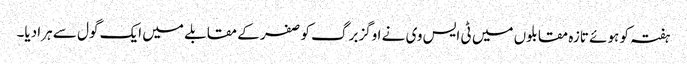
ہفتہ کو ہوئے تازہ مقابلوں میں ٹی ایس وی نے اوگزبرگ کو صفر کے مقابلے میں ایک گول سے ہرا دیا۔